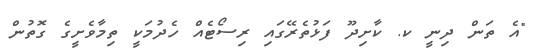
"އެ ތަން ދިނީ ކ. ކާށިދޫ ފަޅުތެރޭގައި ރިސޯޓެއް ހެދުމަކީ ތިމާވެށީގެ ގޮތުން